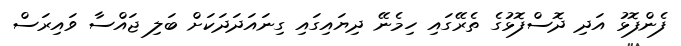
ފެންފޮޅު އަދި ދޮސްފޮޅުގެ ތެރޭގައި ހިމެނޭ ދިޔައިގައި ގިނައަދަދަކަށް ބަލި ޖައްސާ ވައިރަސް